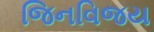
જિનવિજય